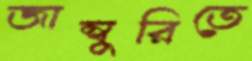
জাম্বুরিতে